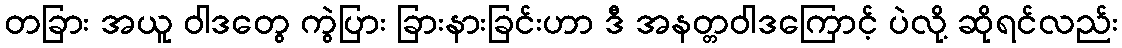
တခြား အယူ ဝါဒတွေ ကွဲပြား ခြားနားခြင်းဟာ ဒီ အနတ္တဝါဒကြောင့် ပဲလို့ ဆိုရင်လည်း